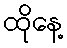
ထိုနေ့